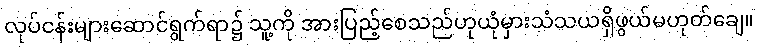
လုပ်ငန်းများဆောင်ရွက်ရာ၌ သူ့ကို အားပြည့်စေသည်ဟုယုံမှားသံသယရှိဖွယ်မဟုတ်ချေ။